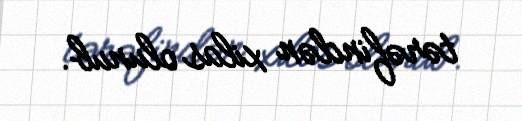
tərəfindən xilas olunub.